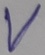
Text: V